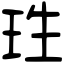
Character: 珄